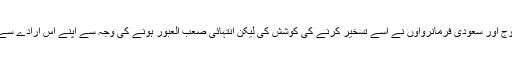
عثمانی فوج، پرتگالی فوج، برطانوی فوج اور سعودی فرمانرواوں نے اسے تسخیر کرنے کی کوشش کی لیکن انتہائی صعب العبور ہونے کی وجہ سے اپنے اس ارادے سے عقب نشینی کرنے پر مجبور ہو گئے۔